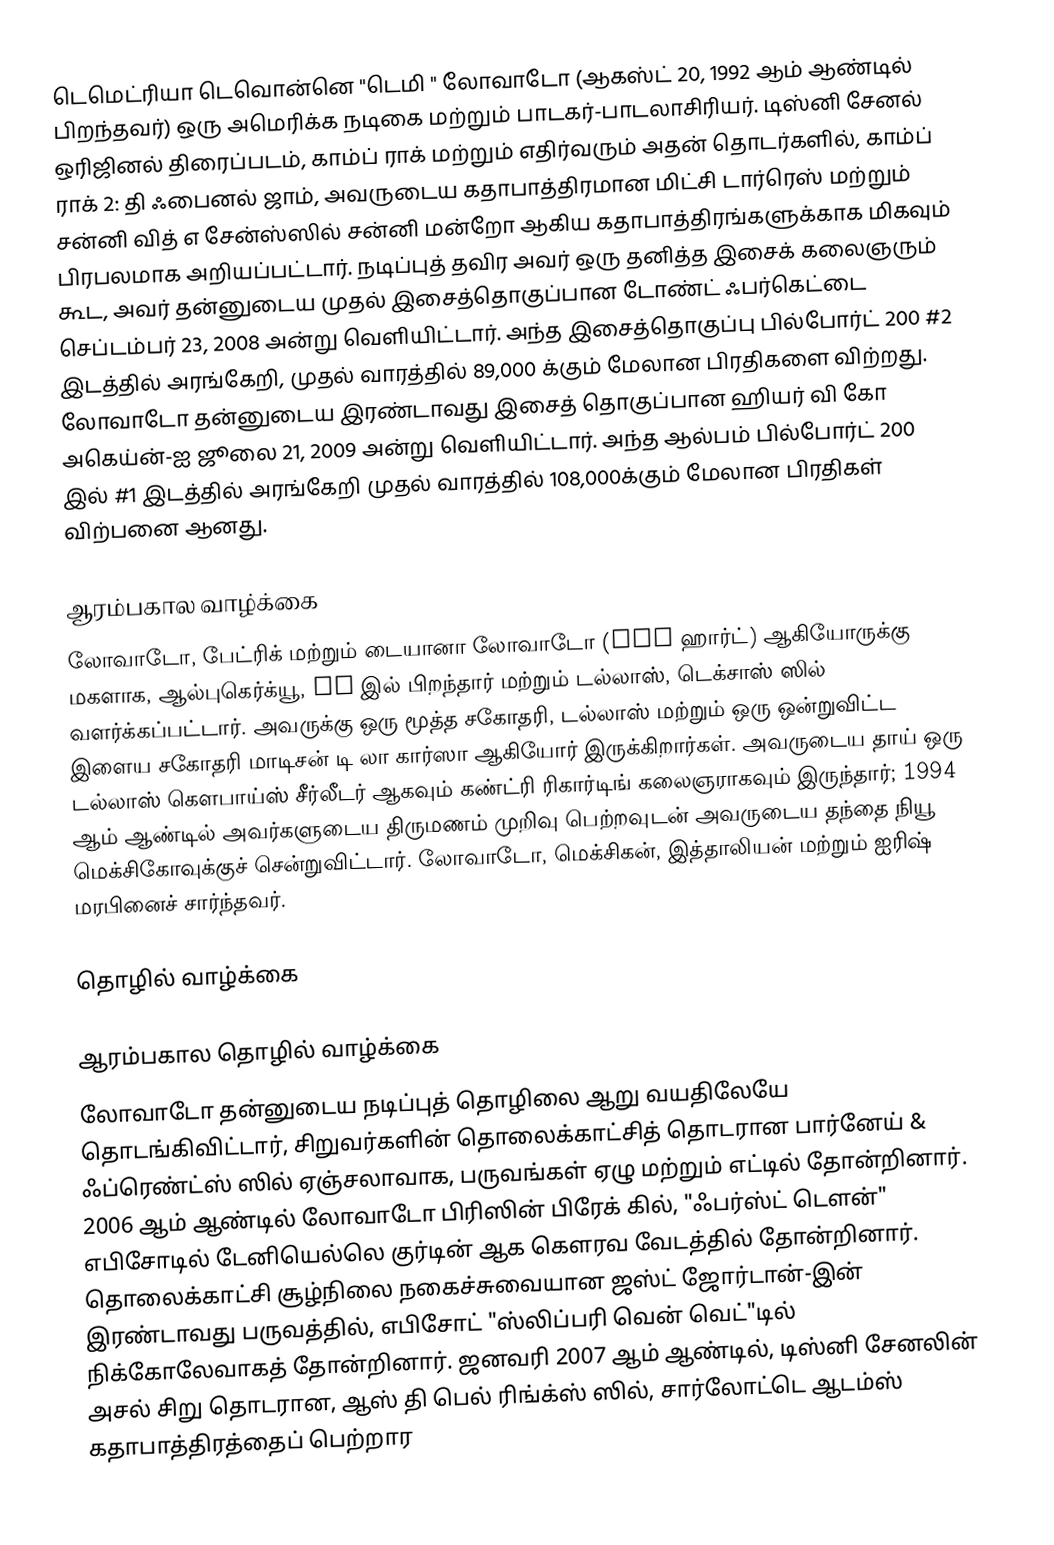
டெமெட்ரியா டெவொன்னெ  "டெமி " லோவாடோ  (ஆகஸ்ட் 20, 1992 ஆம் ஆண்டில் பிறந்தவர்) ஒரு அமெரிக்க நடிகை மற்றும் பாடகர்-பாடலாசிரியர். டிஸ்னி சேனல் ஒரிஜினல் திரைப்படம், காம்ப் ராக் மற்றும் எதிர்வரும் அதன் தொடர்களில், காம்ப் ராக் 2: தி ஃபைனல் ஜாம், அவருடைய கதாபாத்திரமான மிட்சி டார்ரெஸ் மற்றும் சன்னி வித் எ சேன்ஸ்ஸில் சன்னி மன்றோ ஆகிய கதாபாத்திரங்களுக்காக மிகவும் பிரபலமாக அறியப்பட்டார். நடிப்புத் தவிர அவர் ஒரு தனித்த இசைக் கலைஞரும் கூட, அவர் தன்னுடைய முதல் இசைத்தொகுப்பான டோண்ட் ஃபர்கெட்டை செப்டம்பர் 23, 2008 அன்று வெளியிட்டார். அந்த இசைத்தொகுப்பு பில்போர்ட் 200 #2 இடத்தில் அரங்கேறி, முதல் வாரத்தில் 89,000 க்கும் மேலான பிரதிகளை விற்றது. லோவாடோ தன்னுடைய இரண்டாவது இசைத் தொகுப்பான ஹியர் வி கோ அகெய்ன்-ஐ ஜூலை 21, 2009 அன்று வெளியிட்டார். அந்த ஆல்பம் பில்போர்ட் 200 இல் #1 இடத்தில் அரங்கேறி முதல் வாரத்தில் 108,000க்கும் மேலான பிரதிகள் விற்பனை ஆனது.

ஆரம்பகால வாழ்க்கை
லோவாடோ, பேட்ரிக் மற்றும் டையானா லோவாடோ (née ஹார்ட்) ஆகியோருக்கு மகளாக, ஆல்புகெர்க்யூ, NM இல் பிறந்தார் மற்றும் டல்லாஸ், டெக்சாஸ் ஸில் வளர்க்கப்பட்டார். அவருக்கு ஒரு மூத்த சகோதரி, டல்லாஸ் மற்றும் ஒரு ஒன்றுவிட்ட இளைய சகோதரி மாடிசன் டி லா கார்ஸா ஆகியோர் இருக்கிறார்கள். அவருடைய தாய் ஒரு டல்லாஸ் கௌபாய்ஸ் சீர்லீடர் ஆகவும் கண்ட்ரி ரிகார்டிங் கலைஞராகவும் இருந்தார்; 1994 ஆம் ஆண்டில் அவர்களுடைய திருமணம் முறிவு பெற்றவுடன் அவருடைய தந்தை நியூ மெக்சிகோவுக்குச் சென்றுவிட்டார். லோவாடோ, மெக்சிகன், இத்தாலியன் மற்றும் ஐரிஷ் மரபினைச் சார்ந்தவர்.

தொழில் வாழ்க்கை

ஆரம்பகால தொழில் வாழ்க்கை
லோவாடோ தன்னுடைய நடிப்புத் தொழிலை ஆறு வயதிலேயே தொடங்கிவிட்டார், சிறுவர்களின் தொலைக்காட்சித் தொடரான பார்னேய் & ஃப்ரெண்ட்ஸ் ஸில் ஏஞ்சலாவாக, பருவங்கள் ஏழு மற்றும் எட்டில் தோன்றினார். 2006 ஆம் ஆண்டில் லோவாடோ பிரிஸின் பிரேக் கில், "ஃபர்ஸ்ட் டௌன்" எபிசோடில் டேனியெல்லெ குர்டின் ஆக கௌரவ வேடத்தில் தோன்றினார். தொலைக்காட்சி சூழ்நிலை நகைச்சுவையான ஜஸ்ட் ஜோர்டான்-இன் இரண்டாவது பருவத்தில், எபிசோட் "ஸ்லிப்பரி வென் வெட்"டில் நிக்கோலேவாகத் தோன்றினார். ஜனவரி 2007 ஆம் ஆண்டில், டிஸ்னி சேனலின் அசல் சிறு தொடரான, ஆஸ் தி பெல் ரிங்க்ஸ் ஸில், சார்லோட்டெ ஆடம்ஸ் கதாபாத்திரத்தைப் பெற்றார